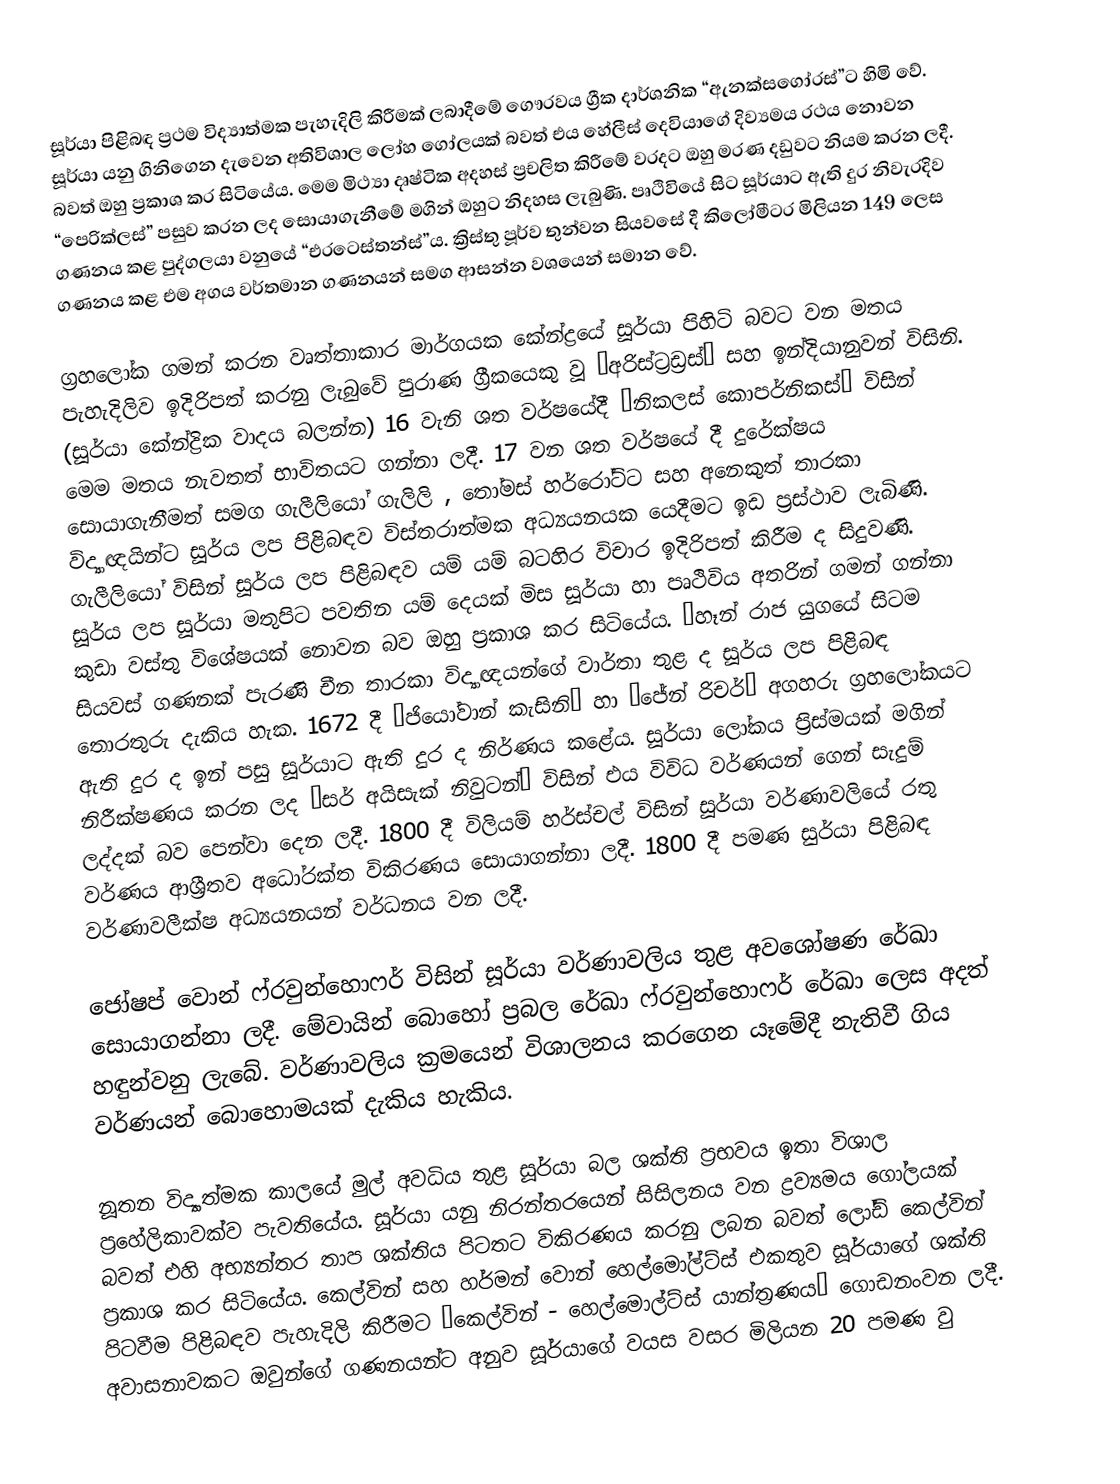
සූර්යා පිළිබඳ ප්‍රථම විද්‍යාත්මක පැහැදිලි කිරීමක් ලබාදීමේ ගෞරවය ග්‍රීක දාර්ශනික “ඇනක්සගෝරස්”ට හිමි වේ. සූර්යා යනු ගිනිගෙන දැවෙන අතිවිශාල ලෝහ ගෝලයක් බවත් එය හේලීස් දෙවි‍යාගේ දිව්‍යමය රථය නොවන බවත් ඔහු ප්‍රකාශ කර සිටියේය. මෙම මිථ්‍යා දෘෂ්ටික අදහස් ප්‍රචලිත කිරීමේ වරදට ඔහු මරණ දඩුවට නියම කරන ලදී. “පෙරික්ලස්” පසුව කරන ලද සොයාගැනීමේ මගින් ඔහුට නිදහස ලැබුණි. පෘථිවියේ සිට සූර්යාට ඇති දුර නිවැරදිව ගණනය කළ පුද්ගලයා වනුයේ “එරටෙස්තන්ස්”ය. ක්‍රිස්තු පූර්ව තුන්වන සියවසේ දී කිලෝමීටර මිලියන 149 ලෙස ගණනය කළ එම අගය වර්තමාන ගණනයන් සමග ආසන්න වශයෙන් සමාන‍ වේ.

ග්‍රහලෝක ගමන් කරන වෘත්තාකාර මාර්ගයක කේන්ද්‍රයේ සූර්යා පිහිටි බවට වන මතය පැහැදිලිව ඉදිරිපත් කරනු ලැබුවේ පුරාණ ග්‍රීකයෙකු වූ “අරිස්ට්‍රඩ්‍රස්” සහ ඉන්දියානුවන් විසිනි. (සූර්යා කේන්ද්‍රික වාදය බලන්න) 16 වැනි ශත වර්ෂයේදී “නිකලස් කොපර්නිකස්” විසින් මෙම මතය නැවතත් භාවිතයට ගන්නා ලදී. 17 වන ශත වර්ෂයේ දී දුරේක්ෂය සොයාගැනීමත් සමග ගැලීලියෝ ගැලිලි , තෝමස් හර්රෝට්ට සහ අනෙකුත් තාරකා විද්‍යාඥයින්ට සූර්ය ලප පිළිබඳව විස්තරාත්මක අධ්‍යයනයක යෙදීමට ඉඩ ප්‍රස්ථාව ලැබිණි. ගැලීලියෝ විසින් සූර්ය ලප පිළිබඳව යම් යම් බටහිර විචාර ඉදිරිපත් කිරීම ද සිදුවණි. සූර්ය ලප සූර්යා මතුපිට පවතින යම් දෙයක් මිස සූර්යා හා පෘථිවිය අතරින් ගමන් ගන්නා කුඩා වස්තු විශේෂයක් නොවන බව ඔහු ප්‍රකාශ කර සිටියේය. “හෑන් රාජ යුගයේ සිටම සියවස් ගණනක් පැරණි චීන තාරකා විද්‍යාඥයන්ගේ වාර්තා තුළ ද සූර්ය ලප පිළිබඳ තොරතුරු දැකිය හැක. 1672 දී “ජියෝවාන් කැසිනි” හා “ජේන් රිචර්” අගහරු ග්‍රහලෝකයට ඇති දුර ද ඉන් පසු සූර්යාට ඇති දුර ද නිර්ණය කළේය. සූර්යා ලෝකය ප්‍රිස්මයක් මගින් නිරීක්ෂණය කරන ලද “සර් අයිසැක් නිවුටන්” විසින් එය විවිධ වර්ණයන් ගෙන් සැදුම් ලද්දක් බව පෙන්වා දෙන ලදී. 1800 දී විලියම් හර්ස්චල් විසින් සූර්යා වර්ණාවලියේ රතු වර්ණය ආශ්‍රීතව අධෝරක්ත විකිරණය සොයාගන්නා ලදී. 1800 දී පමණ සුර්යා පිළිබඳ වර්ණාවලීක්ෂ අධ්‍යයනයන් වර්ධනය වන ලදී.

ජෝෂප් වොන් ෆ්රවුන්හොෆර් විසින් සූර්යා වර්ණාවලිය තුළ අව‍ශෝෂණ රේඛා සොයාගන්නා ලදී. මේවායින් බොහෝ ප්‍රබල රේඛා ෆ්රවුන්හොෆර් රේඛා ලෙස අදත් හඳුන්වනු ලැබේ. වර්ණාවලිය ක්‍රමයෙන් විශාලනය කරගෙන යෑමේදී නැතිවී ගිය වර්ණයන් බොහොමයක් දැකිය හැකිය.

නූතන විද්‍යාත්මක කාලයේ මුල් අවධිය තුළ සූර්යා බල ශක්ති ප්‍රභවය ඉතා විශාල ප්‍රහේලිකාවක්ව පැවතියේය. සූර්යා යනු නිරන්තරයෙන් සිසිලනය වන ද්‍රව්‍යමය ගෝලයක් බවත් එහි අභ්‍යන්තර තාප ශක්තිය පිටතට විකිරණය කරනු ලබන බවත් ලෝඩ් කෙල්වින් ප්‍රකාශ කර සිටියේය. කෙල්වින් සහ හර්මන් වොන් හෙල්මෝල්ට්ස් එකතුව සූර්යාගේ ශක්ති පිටවීම පිළිබඳව පැහැදිලි කිරීමට “කෙල්වින් - හෙල්මොල්ට්ස් යාන්ත්‍රණය” ගොඩනංවන ලදී. අවාසනාවකට ඔවුන්ගේ ගණනයන්ට අනුව සූර්යාගේ වයස වසර මිලියන 20 පමණ වු